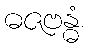
ဓဇဗန္ဓံ